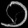
Digit: ၁